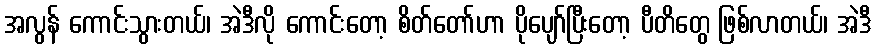
အလွန် ကောင်းသွားတယ်၊ အဲဒီလို ကောင်းတော့ စိတ်တော်ဟာ ပိုပျော်ပြီးတော့ ပီတိတွေ ဖြစ်လာတယ်၊ အဲဒီ